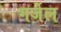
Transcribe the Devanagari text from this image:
गर्जेल